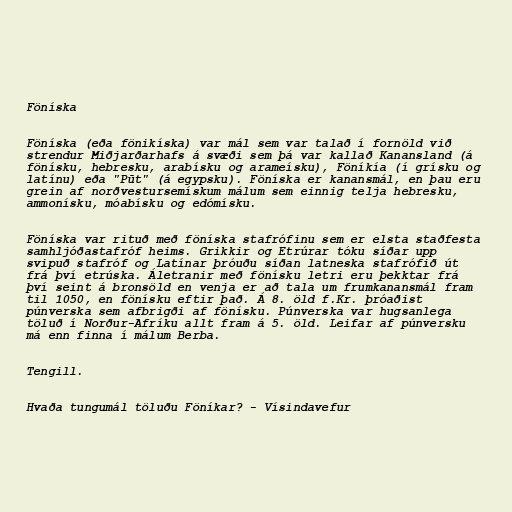
Föníska

Föníska (eða fönikíska) var mál sem var talað í fornöld við
strendur Miðjarðarhafs á svæði sem þá var kallað Kanansland (á
fönísku, hebresku, arabísku og arameísku), Föníkía (í grísku og
latínu) eða "Pūt" (á egypsku). Föníska er kanansmál, en þau eru
grein af norðvestursemískum málum sem einnig telja hebresku,
ammonísku, móabísku og edómísku.

Föníska var rituð með föníska stafrófinu sem er elsta staðfesta
samhljóðastafróf heims. Grikkir og Etrúrar tóku síðar upp
svipuð stafróf og Latínar þróuðu síðan latneska stafrófið út
frá því etrúska. Áletranir með fönísku letri eru þekktar frá
því seint á bronsöld en venja er að tala um frumkanansmál fram
til 1050, en fönísku eftir það. Á 8. öld f.Kr. þróaðist
púnverska sem afbrigði af fönísku. Púnverska var hugsanlega
töluð í Norður-Afríku allt fram á 5. öld. Leifar af púnversku
má enn finna í málum Berba.

Tengill.

Hvaða tungumál töluðu Föníkar? - Vísindavefur